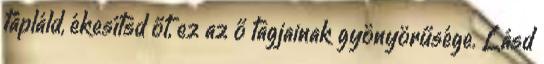
tápláld, ékesítsd őt, ez az ő tagjainak gyönyörűsége. Lásd